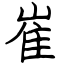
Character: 崔